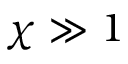
\chi \gg 1